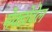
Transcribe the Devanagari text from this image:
मेक्डोवेल